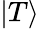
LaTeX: |T\rangle